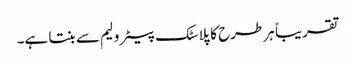
تقریباً ہر طرح کا پلاسٹک پیٹرولیم سے بنتا ہے۔